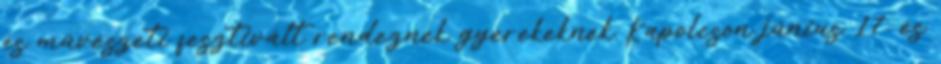
és művészeti fesztivált rendeznek gyerekeknek Kapolcson június 17. és